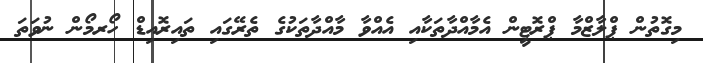
މިގޮތުން ޕްލާޒްމާ ޕްރޮޓީން އެމާއްދާތަކާއި އެއްވާ މާއްދާތަކުގެ ތެރޭގައި ތައިރޮއިޑް ހޯރމޯން ނުވަތަ